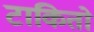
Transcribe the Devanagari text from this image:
टाकितो